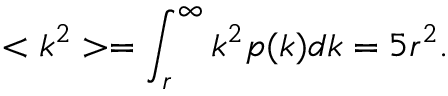
< k ^ { 2 } > = \int _ { r } ^ { \infty } k ^ { 2 } p ( k ) d k = 5 r ^ { 2 } .